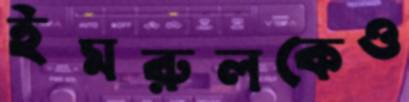
ইমরুলকেও